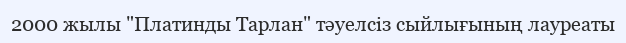
2000 жылы "Платинды Тарлан" тәуелсіз сыйлығының лауреаты